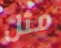
مثل